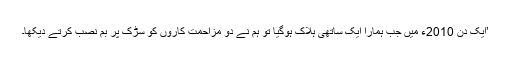
’ایک دِن 2010ء میں جب ہمارا ایک ساتھی ہلاک ہوگیا تو ہم نے دو مزاحمت کاروں کو سڑک پر بم نصب کرتے دیکھا۔